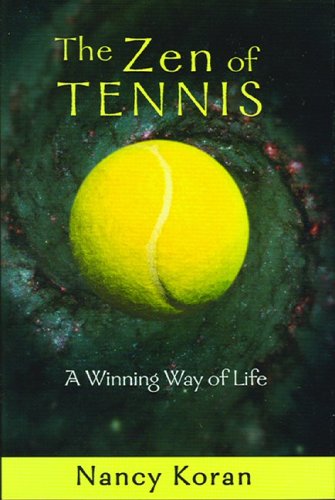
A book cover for The Zen of Tennis: A Winning Way of Life; Nancy Koran; Sports & Outdoors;